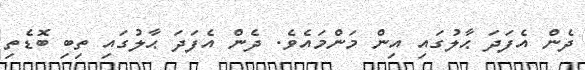
ދެން އެފަދަ ޙާލުގައި އިން މަންމައެވެ. ދެން އެފަދަ ޙާލުގައި ތިބި ބޮޑެތި